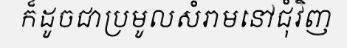
ក៏ដូចជាប្រមូលសំរាមនៅជុំវិញ